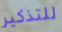
للتذكير